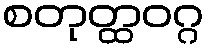
စတုတ္ထဝဂ္ဂ